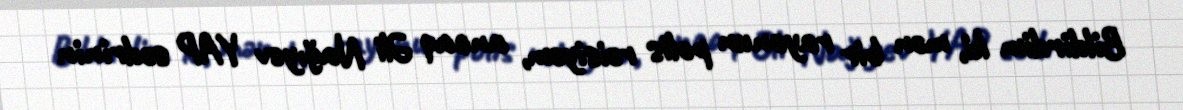
Bildirdim ki, mən bir rayonun polis rəisiyəm, ancaq Əli Nağıyev YAP sədrinin